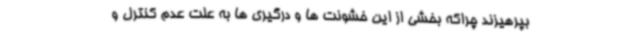
بپرهیزند چراکه بخشی از این خشونت ها و درگیری ها به علت عدم کنترل و